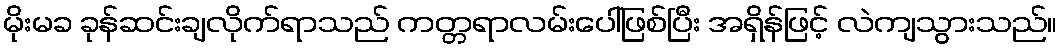
မိုးမခ ခုန်ဆင်းချလိုက်ရာသည် ကတ္တရာလမ်းပေါ်ဖြစ်ပြီး အရှိန်ဖြင့် လဲကျသွားသည်။